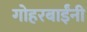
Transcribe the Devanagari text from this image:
गोहरबाईंनी